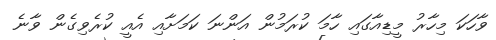
ވާހަކަ މިހާރު މީޑިއާގައި ހާމަ ކުރަމުން އަންނަ ކަމަށާއި އެއީ ކުރެވިގެން ވާނެ